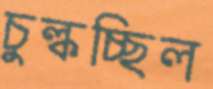
চুল্‌কচ্ছিল